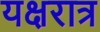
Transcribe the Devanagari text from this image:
यक्षरात्र